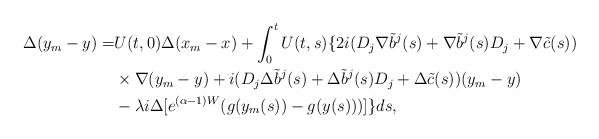
LaTeX: \begin{align*}\Delta (y_m-y) = & U(t,0)\Delta (x_m-x)+\int_0^tU(t,s)\{ 2i(D_j\nabla \tilde{b}^j(s)+\nabla \tilde{b}^j(s)D_j+\nabla \tilde{c}(s)) \\& \times \nabla(y_m-y)+i(D_j\Delta \tilde{b}^j(s)+\Delta \tilde{b}^j(s)D_j+\Delta \tilde{c}(s))(y_m-y) \\& -\lambda i\Delta [e^{(\alpha-1)W}(g(y_m(s))-g(y(s)))]\}ds,\end{align*}